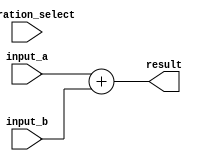
module fused_multiply_add (
    input wire [31:0] input_a, 
    input wire [31:0] input_b,
    input wire [1:0] operation_select, // 00 for multiplication, 01 for addition
    output reg [31:0] result
);

reg [31:0] multiplier_output;
reg [31:0] adder_output;
reg [31:0] shifter_output;

always @(*) begin
    // Multiplier
    if(operation_select == 2'b00) begin
        multiplier_output = input_a * input_b;
    end
    
    // Adder
    else begin
        adder_output = input_a + input_b;
    end
    
    // Shifter
    // Shift logic based on exponent
    // This part of the code is left to be added based on the requirements of the project
    shifter_output = adder_output; // Placeholder code
end

assign result = shifter_output;

endmodule